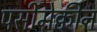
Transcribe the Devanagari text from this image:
पर्सीमेक्वीन